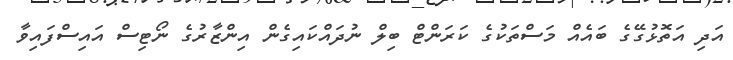
އަދި އަތޮޅުގޭގެ ބައެއް މަސްތަކުގެ ކަރަންޓް ބިލް ނުދައްކައިގެން އިންޒާރުގެ ނޯޓިސް އައިސްފައިވާ